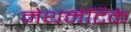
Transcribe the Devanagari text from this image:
मेथमेटिके